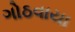
ગોઠવાયા